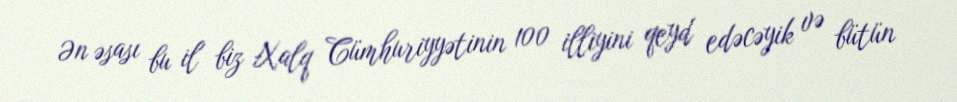
Ən əsası bu il biz Xalq Cümhuriyyətinin 100 illiyini qeyd edəcəyik və bütün